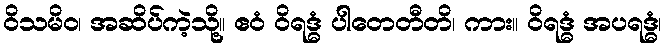
ဝိသမိဝ၊ အဆိပ်ကဲ့သို့။ ဧဝံ ဝိရဒ္ဓံ ပါတေတီတိ၊ ကား။ ဝိရဒ္ဓံ အပရဒ္ဓံ၊